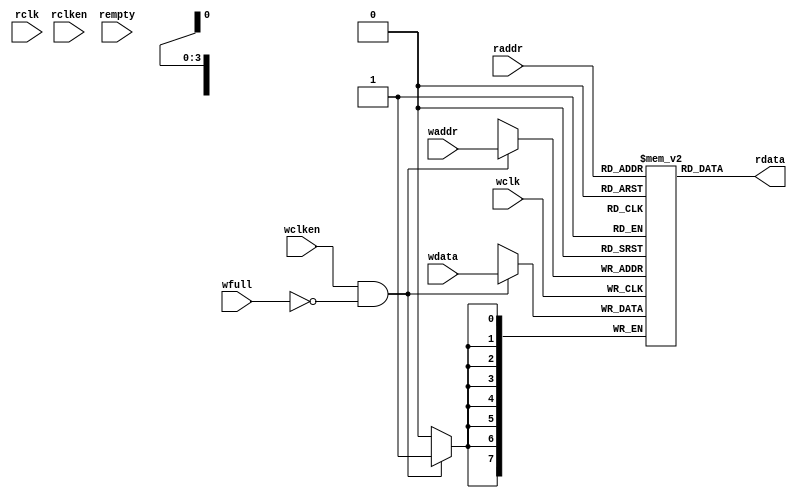
module fifomem
#(
    parameter  DATASIZE = 8, // Memory data word width               
    parameter  ADDRSIZE = 4  // 164
) // Number of mem address bits
(
    output [DATASIZE-1:0] rdata, 
    input  [DATASIZE-1:0] wdata, 
    input  [ADDRSIZE-1:0] waddr, raddr, 
    input                 wclken, wfull, wclk,
    input                 rclken, rempty, rclk
);
  
`ifdef RAM   //RAM IP
  // instantiation of a vendor's dual-port RAM 
    my_ram  mem
        (
            .dout(rdata),
            .din(wdata),     
            .waddr(waddr),
            .raddr(raddr),   
            .wclken(wclken), 
            .wclken_n(wfull),
            .clk(wclk)
        );
`else  //
   // RTL Verilog memory model
    localparam DEPTH = 1<<ADDRSIZE;   // 2^4
    reg [DATASIZE-1:0] mem [0:DEPTH-1]; //2^48
    assign rdata = mem[raddr];
    always @(posedge wclk)  //wclk
        if (wclken && !wfull)
            mem[waddr] <= wdata;
    /*always @(posedge rclk)
        if (rclken && !rempty)
            rdata = mem[raddr];*/
`endif
endmodule